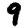
Digit: 9